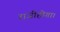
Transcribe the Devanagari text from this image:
राजीहोगा।